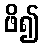
ဖိ၍